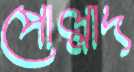
পোল্লাদ